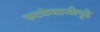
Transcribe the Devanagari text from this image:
फटकेबाजीपुढे